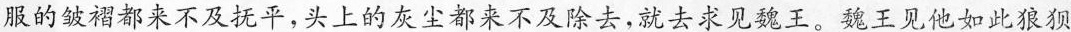
服的皱褶都来不及抚平，头上的灰尘都来不及除去，就去求见魏王。魏王见他如此狼狈